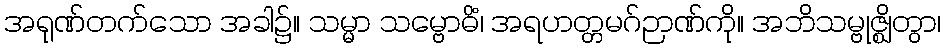
အရုဏ်တက်သော အခါ၌။ သမ္မာ သမ္ဗောဓိံ၊ အရဟတ္တမဂ်ဉာဏ်ကို။ အဘိသမ္ဗုဇ္ဈိတွာ၊